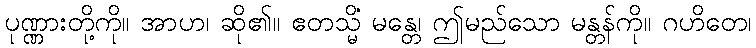
ပုဏ္ဏားတို့ကို။ အာဟ၊ ဆို၏။ ဧတသ္မိံ မန္တေ၊ ဤမည်သော မန္တန်ကို။ ဂဟိတေ၊